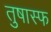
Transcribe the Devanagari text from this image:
तुषास्फ